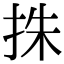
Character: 㧣